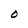
Character: O